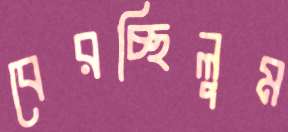
বেরচ্ছিলুম